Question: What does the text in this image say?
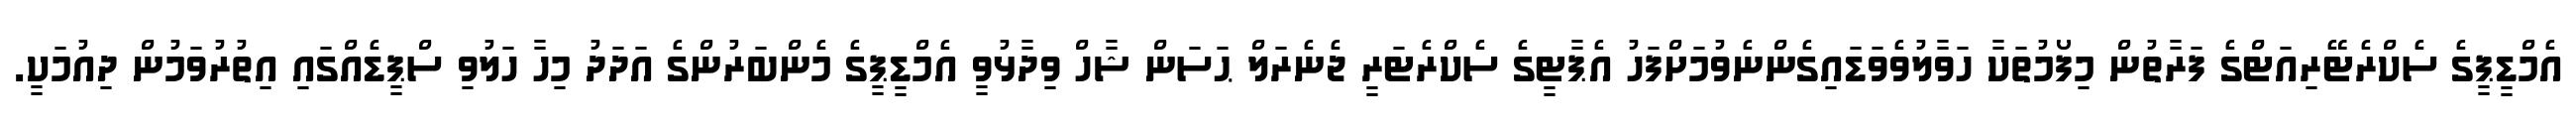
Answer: އެމްޑީޕީގެ ސެކްރެޓޭރިއަޓްގެ ފަރާތުން މިފޯމުތަކާ ހަވާލުވެވަޑައިގެންނެވުމަށްފަހު އެޕާޓީގެ ސެކްރެޓަރީ ޖެނެރަލް ޙަސަން ޝާހް ވިދާޅުވީ އެމްޑީޕީގެ މެންބަރުންގެ އަދަދު މިހާ ހަލުވި ސްޕީޑެއްގައި އިތުރުވަމުން ދިއުމަކީ.